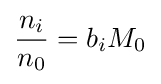
{\frac {n_{i}}{n_{0}}}=b_{i}M_{0}